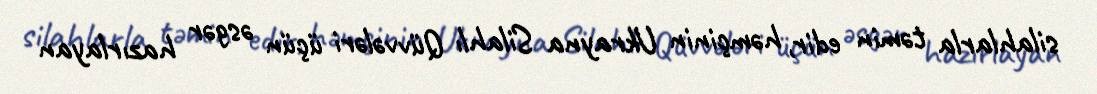
silahlarla təmin edir, həmçinin Ukrayna Silahlı Qüvvələri üçün əsgər hazırlayan